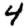
Digit: 4